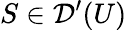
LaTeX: S\in{\mathcal{D}}^{\prime}(U)